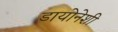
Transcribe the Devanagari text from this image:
डायोनेशी